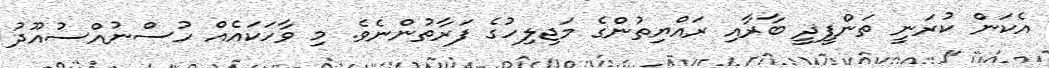
އެކަން ކުރަނީ ތަންފީޛީ ބާރާއި ރައްޔިތުންގެ މަޖިލިހުގެ ފަރާތުންނެވެ. މި ވާހަކައެއް ހުސްނުއްސުއޫދު